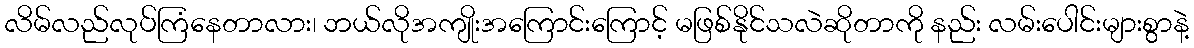
လိမ်လည်လုပ်ကြံနေတာလား၊ ဘယ်လိုအကျိုးအကြောင်းကြောင့် မဖြစ်နိုင်သလဲဆိုတာကို နည်း လမ်းပေါင်းများစွာနဲ့